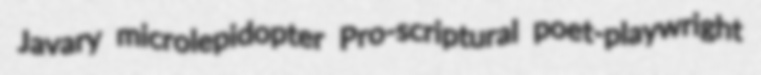
Javary microlepidopter Pro-scriptural poet-playwright